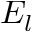
E _ { l }